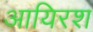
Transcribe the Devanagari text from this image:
आयिरश